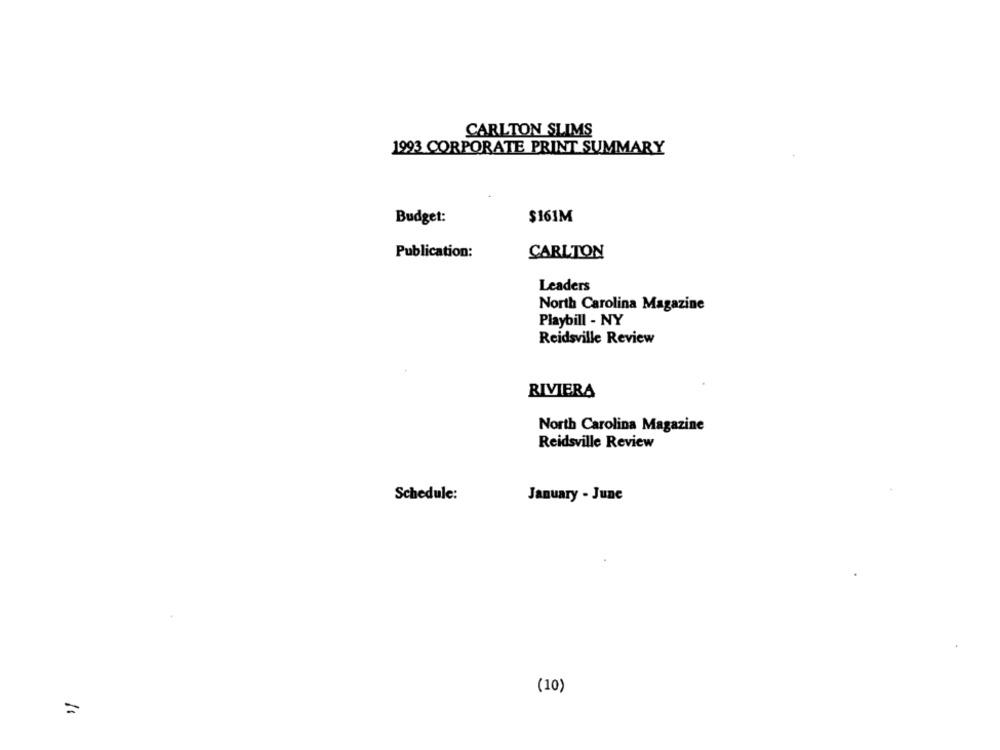
CARLTON SLIMS
1993 CORPORATE PRINT SUMMARY
$161M
Budget:
Publication:
CARLTON
Leaders
North Carolina Magazine
Playbill - NY
Reidsville Review
RIVIERA
North Carolina Magazine
Reidsville Review
Schedule:
January - June
(10)